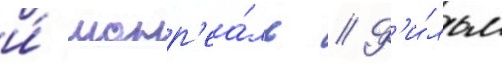
и́ монр'еа́ль // Ф'и́льм